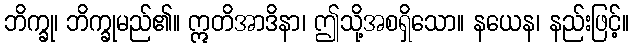
ဘိက္ခု၊ ဘိက္ခုမည်၏။ ဣတိအာဒိနာ၊ ဤသို့အစရှိသော။ နယေန၊ နည်းဖြင့်။